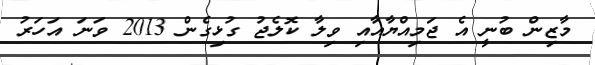
މާޒިން ބުނީ އެ ޖަމިއްޔާއާއި ވިލާ ކޮލެޖު ގުޅިގެން 2013 ވަނަ އަހަރު